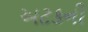
અટકની